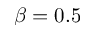
\beta = 0 . 5